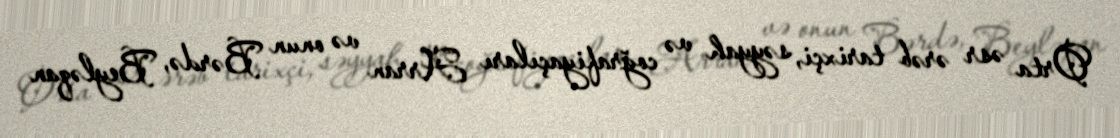
Orta əsr ərəb tarixçi, səyyah və coğrafiyaçıları Arran və onun Bərdə, Beyləqan